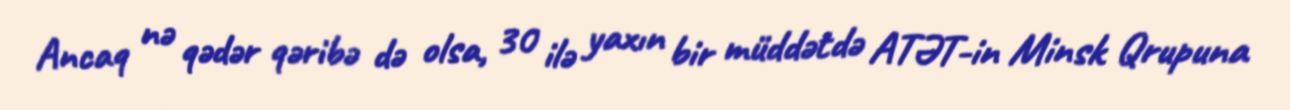
Ancaq nə qədər qəribə də olsa, 30 ilə yaxın bir müddətdə ATƏT-in Minsk Qrupuna